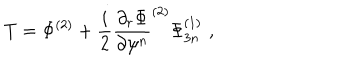
LaTeX: T = \Phi ^ { ( 2 ) } + \frac { i } { 2 } \frac { \partial _ { r } \Phi } { \partial \psi ^ { n } } ^ { ( 2 ) } \Phi _ { 3 n } ^ { ( 1 ) } \, \, ,